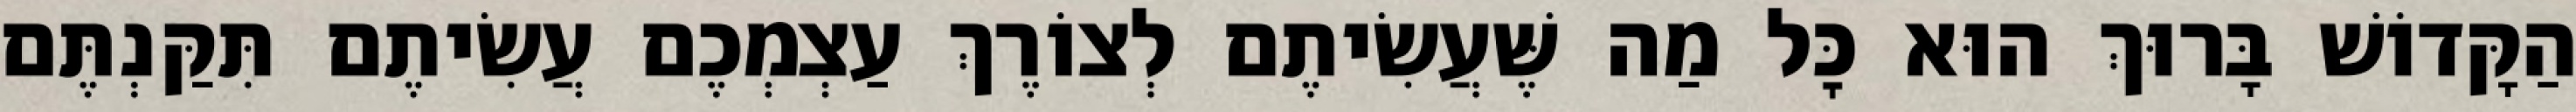
הַקָּדוֹשׁ בָּרוּךְ הוּא כׇּל מַה שֶּׁעֲשִׂיתֶם לְצוֹרֶךְ עַצְמְכֶם עֲשִׂיתֶם תִּקַּנְתֶּם